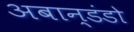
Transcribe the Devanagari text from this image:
अबान्डंडो